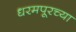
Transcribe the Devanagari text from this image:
धरमपूरच्या